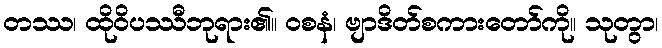
တဿ၊ ထိုဝိပဿီဘုရား၏။ ဝစနံ၊ ဗျာဒိတ်စကားတော်ကို။ သုတွာ၊